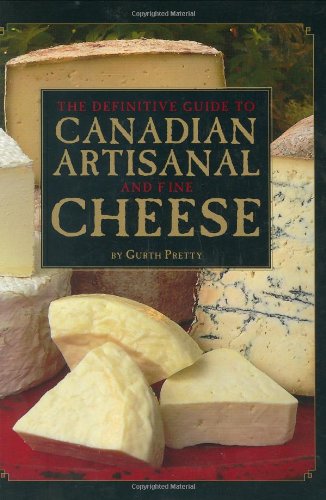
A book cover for The Definitive Guide to Canadian Artisanal and Fine Cheese; Gurth Pretty; Cookbooks, Food & Wine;